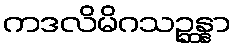
ကဒလိမိဂသဉ္ဆန္နာ